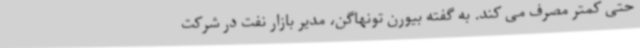
حتی کمتر مصرف می کند. به گفته بیورن تونهاگن، مدیر بازار نفت در شرکت